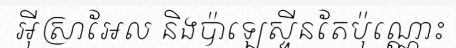
អ៊ីស្រាអែល និងប៉ាឡេស្ទីនតែប៉ុណ្ណោះ